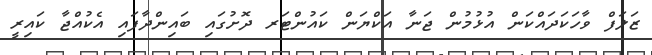
ޒަލަފް ވާހަކަދައްކަން އުޅުމުން ޖަނާ އަކްޔަން ކައުންޓަރ ދޮށުގައި ބައިންދާފައި އެކުއްޖާ ކައިރީ